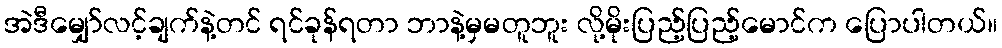
အဲဒီမျှော်လင့်ချက်နဲ့တင် ရင်ခုန်ရတာ ဘာနဲ့မှမတူဘူး လို့မိုးပြည့်ပြည့်မောင်က ပြောပါတယ်။